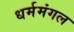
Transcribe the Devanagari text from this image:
धर्ममंगल